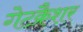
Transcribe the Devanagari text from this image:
गेटक्रैशर